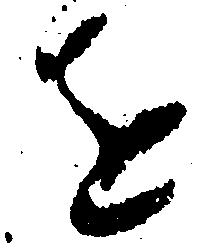
を